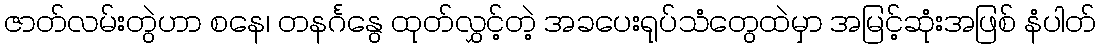
ဇာတ်လမ်းတွဲဟာ စနေ၊ တနင်္ဂနွေ ထုတ်လွှင့်တဲ့ အခပေးရုပ်သံတွေထဲမှာ အမြင့်ဆုံးအဖြစ် နံပါတ်